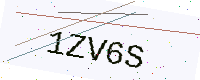
Text: 1ZV6S